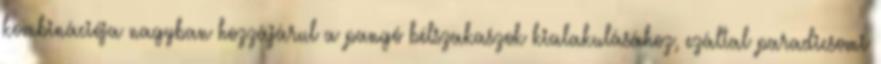
kombinációja nagyban hozzájárul a pangó bélszakaszok kialakulásához, ezáltal paradicsomi